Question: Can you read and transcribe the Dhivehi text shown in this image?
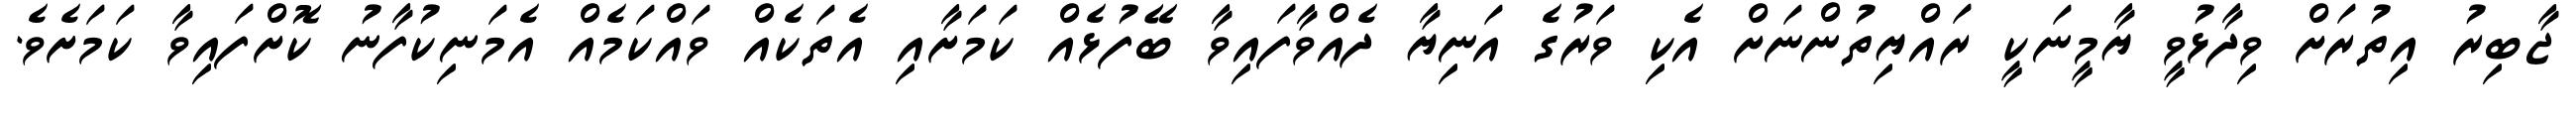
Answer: ޖާބިރު އިތުރަށް ވިދާޅުވީ ޔާމީނަކީ ރައްޔިތުންނަށް އެކި ވަރުގެ އަނިޔާ ދެއްވާފައިވާ ބޭފުޅެއް ކަމަށާއި އެތަކެއް ވައްކަމެއް އެމަނިކުފާނު ކޮށްފައިވާ ކަމަށެވެ.